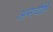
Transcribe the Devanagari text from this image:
अनत्येष्टि